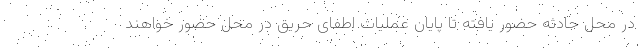
در محل حادثه حضور یافته تا پایان عملیات اطفای حریق در محل حضور خواهند